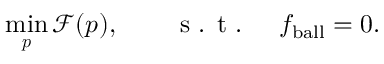
\operatorname* { m i n } _ { \boldsymbol { p } } \mathcal { F } ( \boldsymbol { p } ) , \qquad \textrm { s . t . } \quad f _ { \mathrm { b a l l } } = 0 .